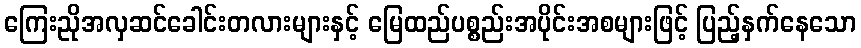
ကြေးညိုအလှဆင်ခေါင်းတလားများနှင့် မြေထည်ပစ္စည်းအပိုင်းအစများဖြင့် ပြည့်နှက်နေသော